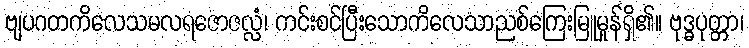
ဗျပဂတကိလေသမလရဇောဇလ္လံ၊ ကင်းစင်ပြီးသောကိလေသာညစ်ကြေးမြူမှုန်ရှိ၏။ ဗုဒ္ဓပုတ္တာ၊